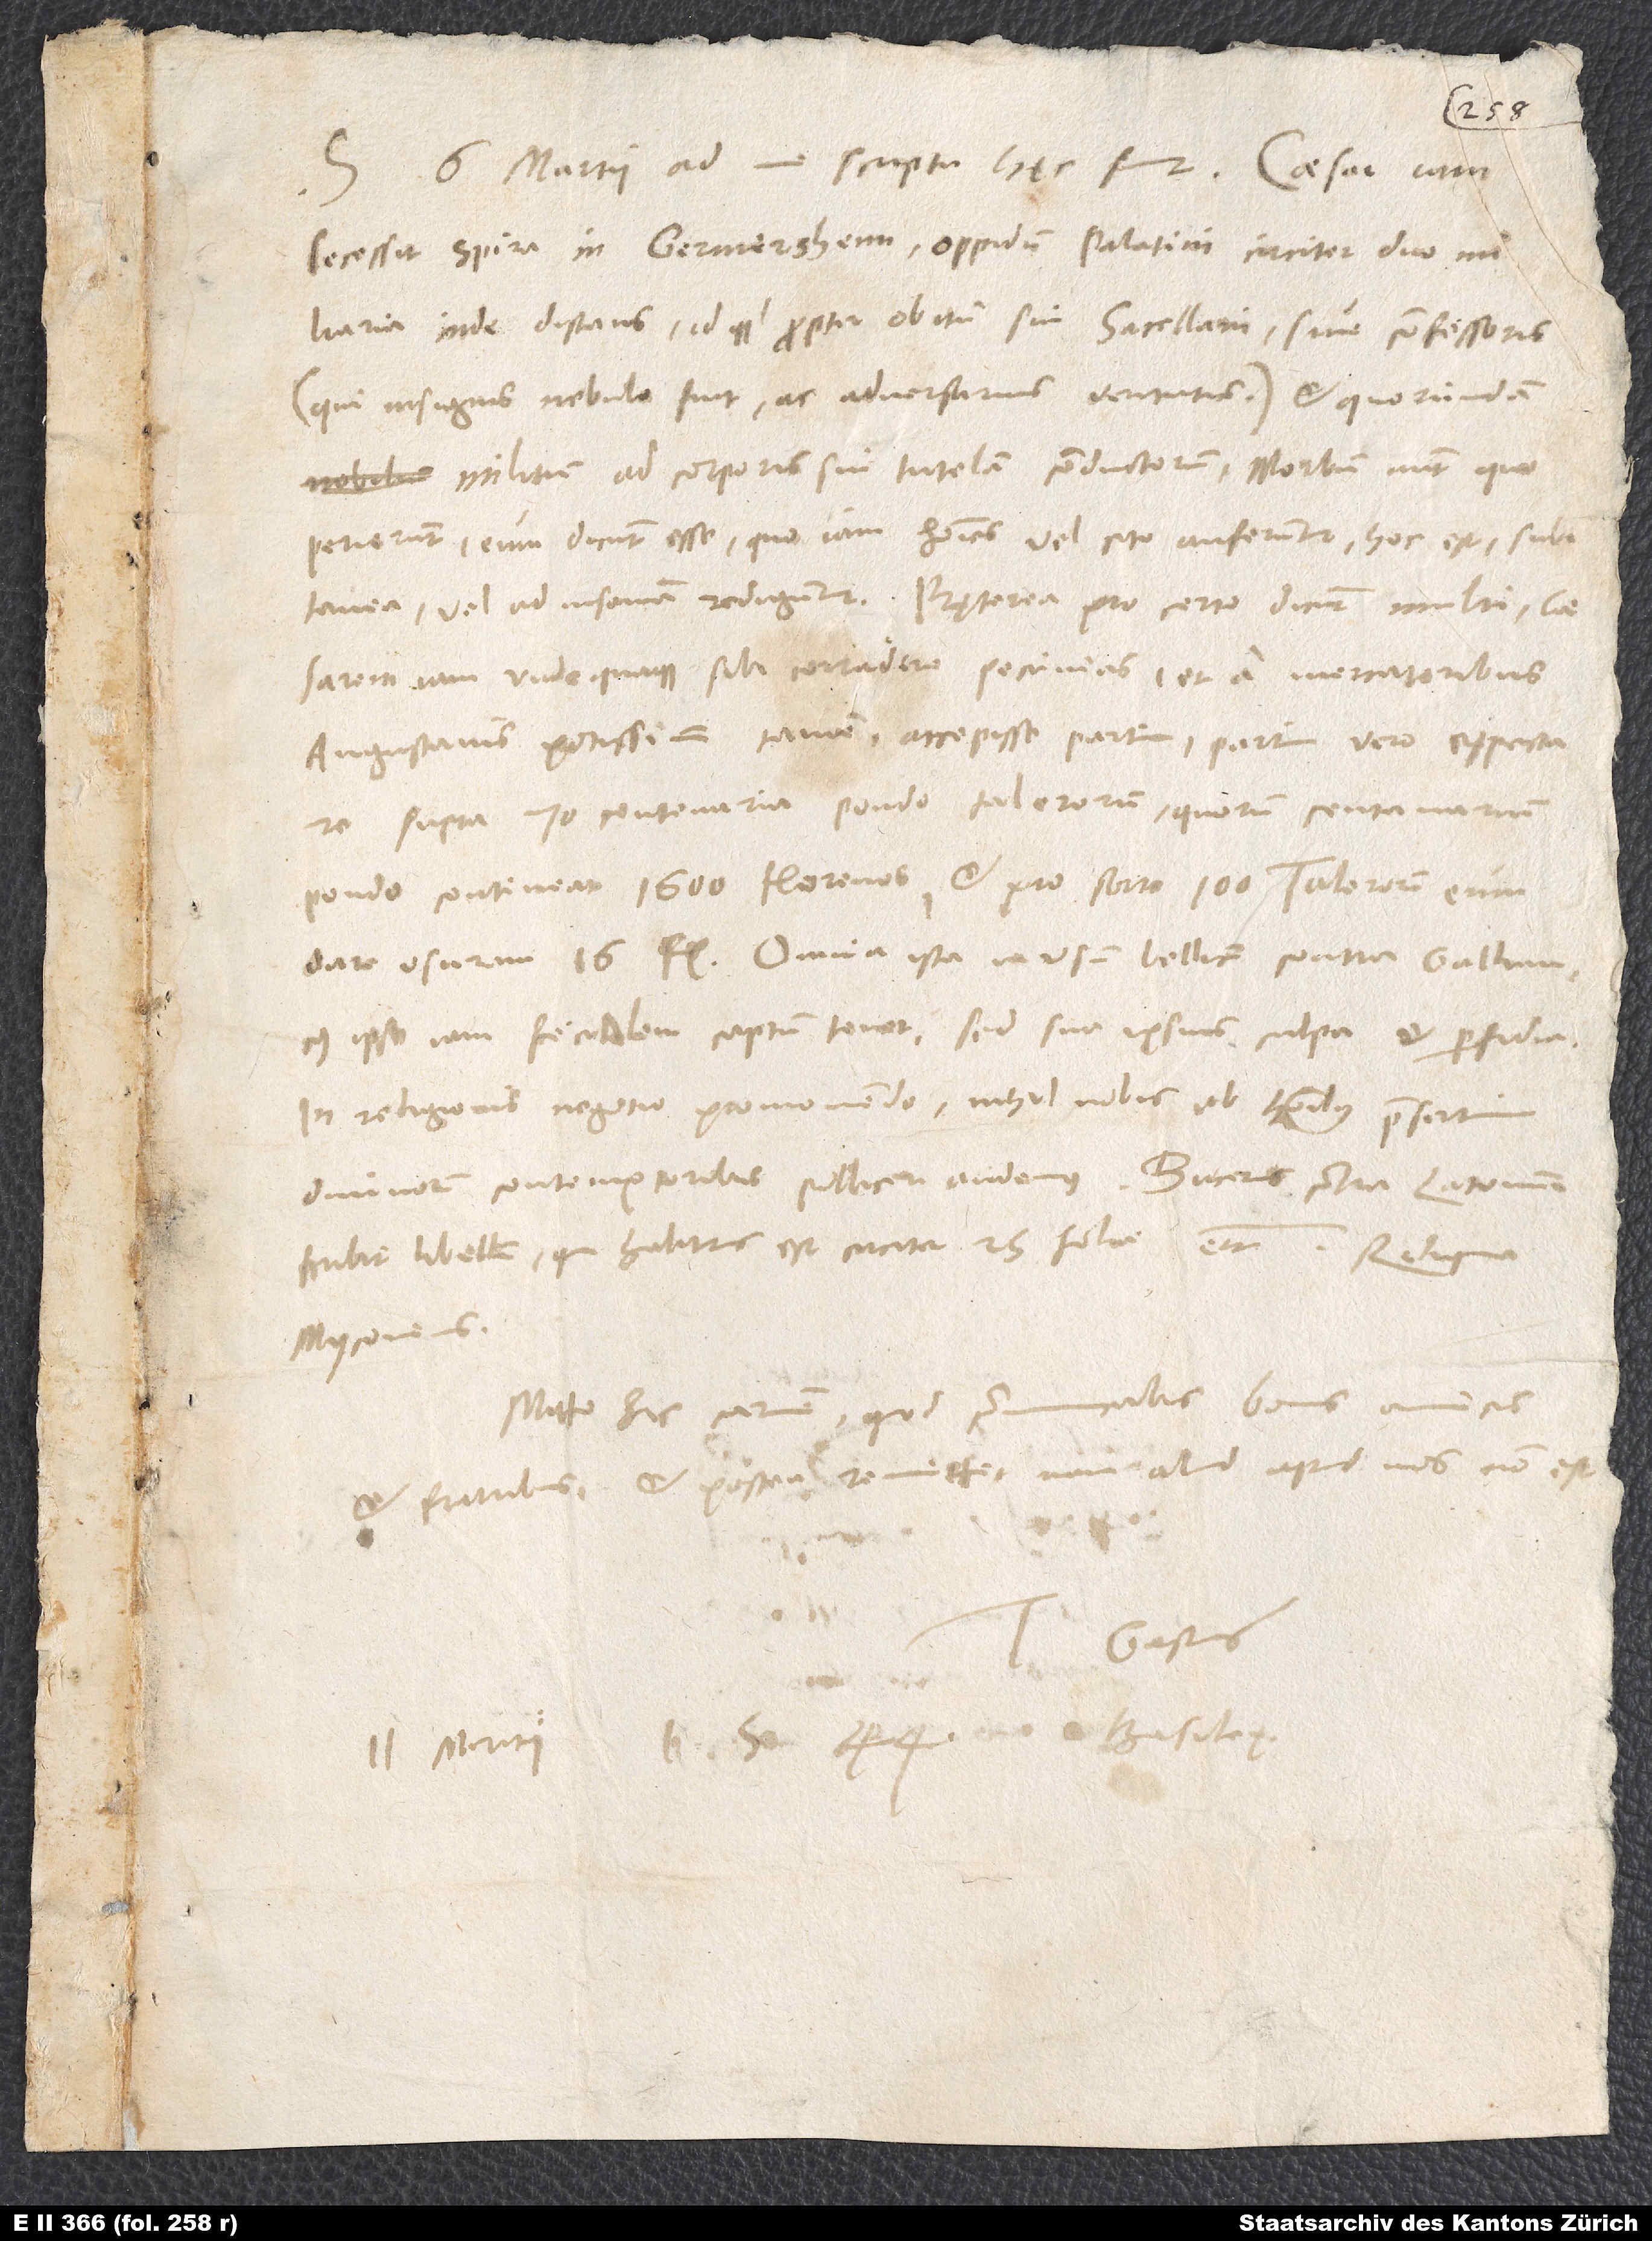
S. 6. martii ad me scripta hęc sunt: „Caesar iam
secessit Spira in Germersheim, oppidum Palatini circiter duo miliaria
inde distans, idque propter obitum sui sacellani sive confessoris
(qui insignis nebulo fuit ac adversarius veritatis) et quorundam
militum ad corporis sui tutelam conductorum. Morbum autem, quo
perierunt, eum dicunt esse, quo iam homines vel cito auferuntur, hoc est subitanea,
vel ad insaniam rediguntur. Pręterea pro certo dicunt multi caesarem
iam undequaque sibi corradere pecunias et a mercatoribus
Augustanis potissimum, tamen accepisse partim, partim vero expectare,
supra 70 centenaria pondo talerorum, quorum centenarium
pondo contineat 1’600 florenos, et pro sorte 100 talerorum eum
Omnia ista in usum bellicum contra Gallum,
cuius ipse iam fecialem captum tenet, sed sua ipsius culpa et perfidia.
In religionis negotio promovendo nihil nobis ab hominibus praesertim
divinorum contemptoribus polliceri audemus. Bucerus contra Latomum
scribit libellum, qui habiturus est circiter 25 folia“, etc. Reliqua
Myconius.
Mitto hic carmen, quod communicabis bonis amicis
et fratribus et postea remitte; nam aliud apud nos non est.
Tuus Gastius.
11. martii